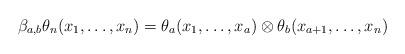
LaTeX: \begin{align*}\beta_{a,b}\theta_n(x_1,\dots, x_n)=\theta_a(x_1,\dots, x_a)\otimes \theta_b(x_{a+1},\dots,x_n)\end{align*}